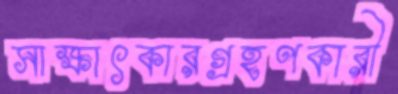
সাক্ষাৎকারগ্রহণকারী